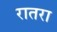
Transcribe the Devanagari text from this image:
रातरा